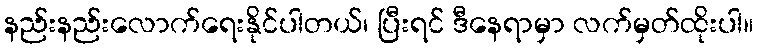
နည်းနည်းလောက်ရေးနိုင်ပါတယ်၊ ပြီးရင် ဒီနေရာမှာ လက်မှတ်ထိုးပါ။